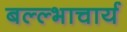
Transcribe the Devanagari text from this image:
बल्ल्भाचार्य